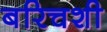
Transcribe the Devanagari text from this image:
बरिचशी